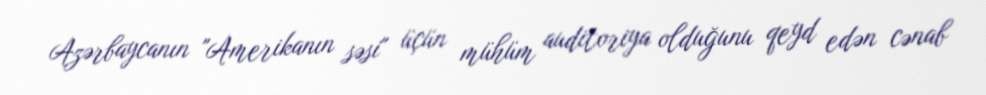
Azərbaycanın "Amerikanın səsi" üçün mühüm auditoriya olduğunu qeyd edən cənab